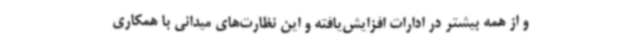
و از همه بیشتر در ادارات افزایش‌یافته و این نظارت‌های میدانی با همکاری